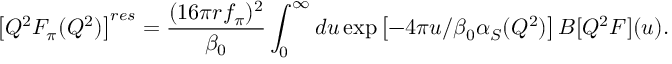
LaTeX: \left[ Q ^ { 2 } F _ { \pi } ( Q ^ { 2 } ) \right] ^ { r e s } = \frac { ( 1 6 \pi r f _ { \pi } ) ^ { 2 } } { \beta _ { 0 } } \int _ { 0 } ^ { \infty } d u \exp \left[ - 4 \pi u / \beta _ { 0 } \alpha _ { S } ( Q ^ { 2 } ) \right] B [ Q ^ { 2 } F ] ( u ) .